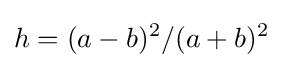
h=(a-b)^{2}/(a+b)^{2}